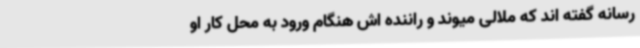
رسانه گفته اند که ملالی میوند و راننده ‌اش هنگام ورود به محل کار او